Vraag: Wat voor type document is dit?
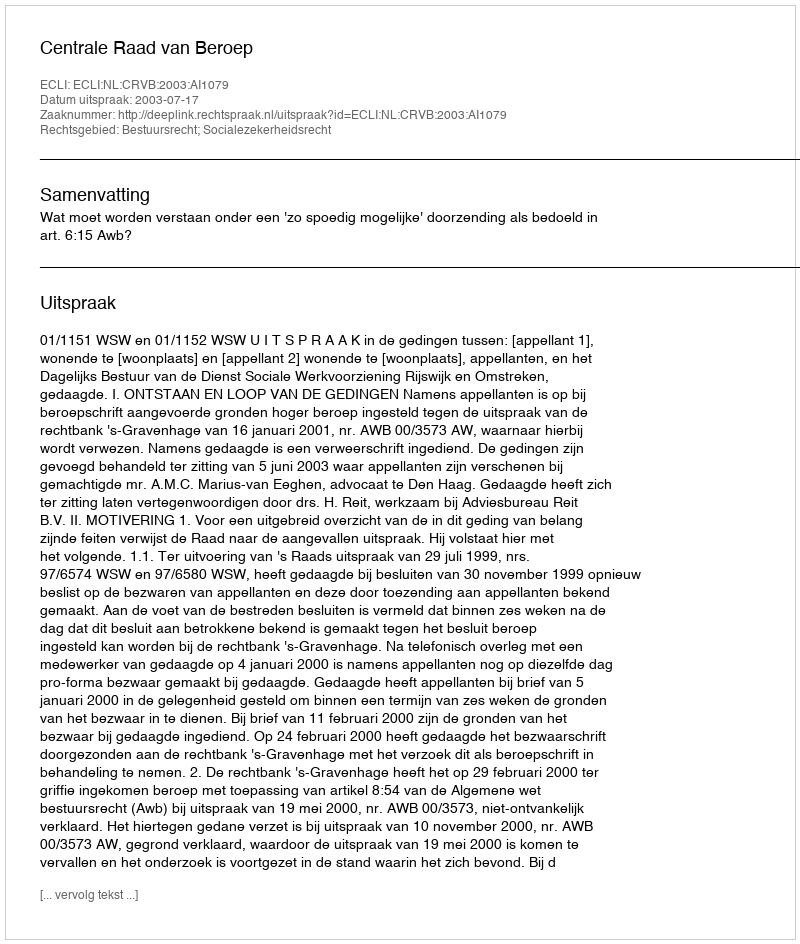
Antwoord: Uitspraak